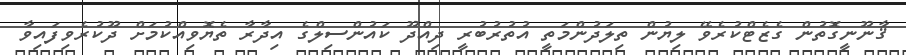
ޤާނޫނީގޮތުން ގެޒެޓްކުރެވޭ ލިޔުން ތިލަދުންމަތީ އުތުރުބުރީ ދިއްދޫ ކައުންސިލްގެ އިދާރާ ތެޔޮވިއްކުމަށް ދޫކުރެވިފައިވާ